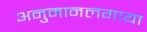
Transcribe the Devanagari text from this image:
अनुमानलगाया